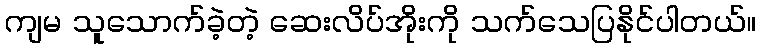
ကျမ သူသောက်ခဲ့တဲ့ ဆေးလိပ်အိုးကို သက်သေပြနိုင်ပါတယ်။